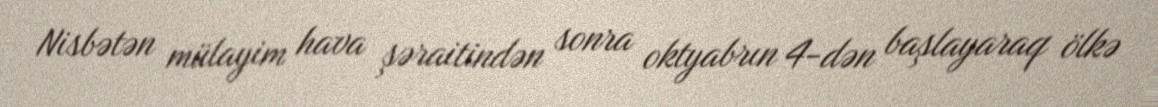
Nisbətən mülayim hava şəraitindən sonra oktyabrın 4-dən başlayaraq ölkə